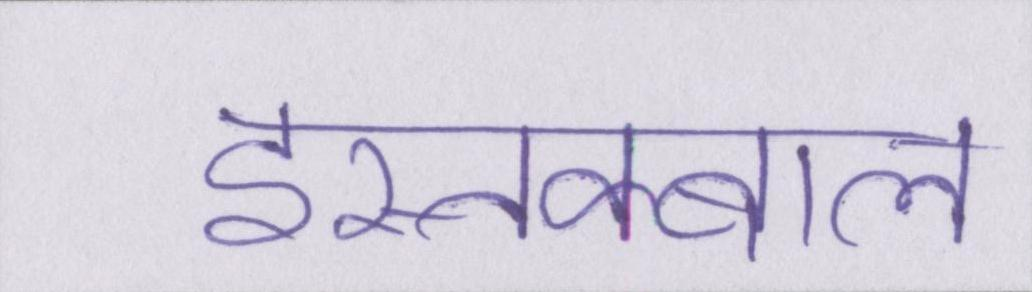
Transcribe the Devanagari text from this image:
इस्तक्बाल